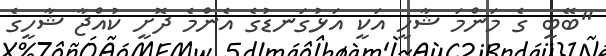
"ބޭބީ ގެ މަންމަ ޝާހީ އަކީ އަޅުގަނޑުގެ އެންމެ ދޮށީ ކުއްޖާ ޝާހީގެ